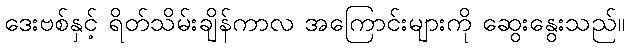
ဒေးဗစ်နှင့် ရိတ်သိမ်းချိန်ကာလ အကြောင်းများကို ဆွေးနွေးသည်။